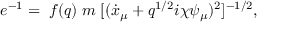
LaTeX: e ^ { - 1 } = \; f ( q ) \; m \; [ ( \dot { x } _ { \mu } + q ^ { 1 / 2 } i \chi \psi _ { \mu } ) ^ { 2 } ] ^ { - 1 / 2 } ,